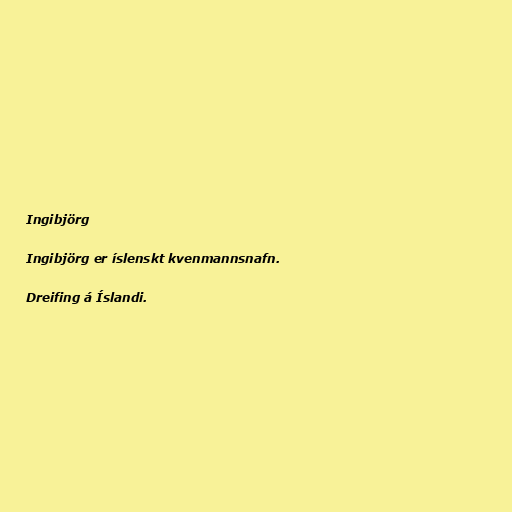
Ingibjörg

Ingibjörg er íslenskt kvenmannsnafn.

Dreifing á Íslandi.